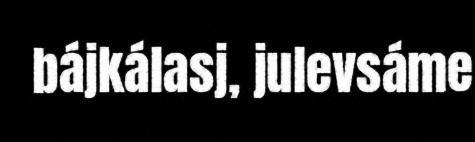
bájkálasj, julevsáme